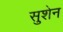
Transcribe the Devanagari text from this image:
सुशेन